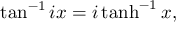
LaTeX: \tan ^ { - 1 } i x = i \operatorname { t a n h } ^ { - 1 } x ,